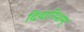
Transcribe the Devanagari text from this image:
दिवानिशम्